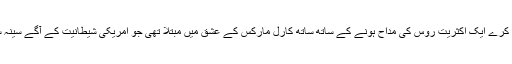
اللہ بھلا کرے ایک اکثریت روس کی مداح ہونے کے ساتھ ساتھ کارل مارکس کے عشق میں مبتلا تھی جو امریکی شیطانیت کے آگے سینہ سپر تھا۔